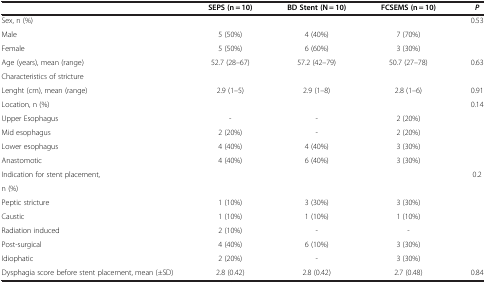
<table><thead><tr><td><b> </b></td><td><b>SEPS (n = 10)</b></td><td><b>BD Stent (N = 10)</b></td><td><b>FCSEMS (n = 10)</b></td><td><b> <i>P</i> </b></td></tr></thead><tbody><tr><td>Sex, n (%)</td><td> </td><td> </td><td> </td><td>0.53</td></tr><tr><td>Male</td><td>5 (50%)</td><td>4 (40%)</td><td>7 (70%)</td><td> </td></tr><tr><td>Female</td><td>5 (50%)</td><td>6 (60%)</td><td>3 (30%)</td><td> </td></tr><tr><td>Age (years), mean (range)</td><td>52.7 (28–67)</td><td>57.2 (42–79)</td><td>50.7 (27–78)</td><td>0.63</td></tr><tr><td colspan="5">Characteristics of stricture</td></tr><tr><td>Lenght (cm), mean (range)</td><td>2.9 (1–5)</td><td>2.9 (1–8)</td><td>2.8 (1–6)</td><td>0.91</td></tr><tr><td>Location, n (%)</td><td> </td><td> </td><td> </td><td>0.14</td></tr><tr><td>Upper Esophagus</td><td>-</td><td>-</td><td>2 (20%)</td><td> </td></tr><tr><td>Mid esophagus</td><td>2 (20%)</td><td>-</td><td>2 (20%)</td><td> </td></tr><tr><td>Lower esophagus</td><td>4 (40%)</td><td>4 (40%)</td><td>3 (30%)</td><td> </td></tr><tr><td>Anastomotic</td><td>4 (40%)</td><td>6 (40%)</td><td>3 (30%)</td><td> </td></tr><tr><td>Indication for stent placement,</td><td> </td><td> </td><td> </td><td>0.2</td></tr><tr><td>n (%)</td><td> </td><td> </td><td> </td><td> </td></tr><tr><td>Peptic stricture</td><td>1 (10%)</td><td>3 (30%)</td><td>3 (30%)</td><td> </td></tr><tr><td>Caustic</td><td>1 (10%)</td><td>1 (10%)</td><td>1 (10%)</td><td> </td></tr><tr><td>Radiation induced</td><td>2 (10%)</td><td>-</td><td>-</td><td> </td></tr><tr><td>Post-surgical</td><td>4 (40%)</td><td>6 (10%)</td><td>3 (30%)</td><td> </td></tr><tr><td>Idiophatic</td><td>2 (20%)</td><td>-</td><td>3 (30%)</td><td> </td></tr><tr><td>Dysphagia score before stent placement, mean (±SD)</td><td>2.8 (0.42)</td><td>2.8 (0.42)</td><td>2.7 (0.48)</td><td>0.84</td></tr></tbody></table>